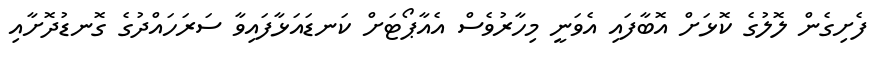
ފެށިގެން ލޮލުގެ ކޮޅަށް އޮބާފައި އެވަނީ މިހާރުވެސް އެއާޕޯޓަށް ކަނޑައަޅާފައިވާ ސަރަހައްދުގެ ގޮނޑުދޮށާއި